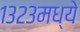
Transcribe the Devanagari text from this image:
१३२३मध्ये